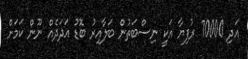
އަދި 70000 ރުފިޔާ އަކީ ނިސްބަތުން ބަލާއިރު ބޮޑު އަދަދެއް ނޫން ކަމަށް